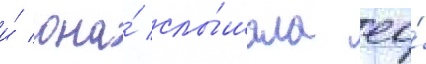
и́ она́ слы́шала ео́